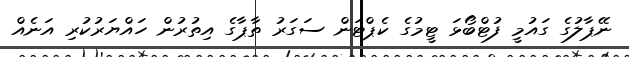
ނޭޕާލުގެ ގައުމީ ފުޓްބޯޅަ ޓީމުގެ ކެޕްޓަން ސަގަރު ތާޕާގެ އިތުރުން ހައްޔަރުކުރި އަނެއް